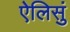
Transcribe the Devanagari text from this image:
ऐलिसुं